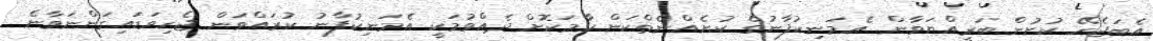
އެބަޖެހޭ ކުށުން ބަރީއްޔަވާން. އެމަނިކުފާނުގެ ކުށެއްނެތްކަން ހާމަކޮށް ދެއްވުމަކީ އެމަނިކުފާނު ކުރައްވަން ޖެހިވަޑައިގަންނަވާނެ